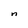
Character: n